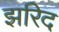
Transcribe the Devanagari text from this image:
झरिद